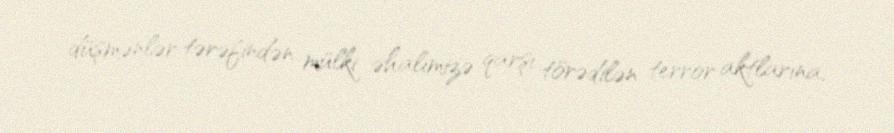
düşmənlər tərəfindən mülki əhalimizə qarşı törədilən terror aktlarına,